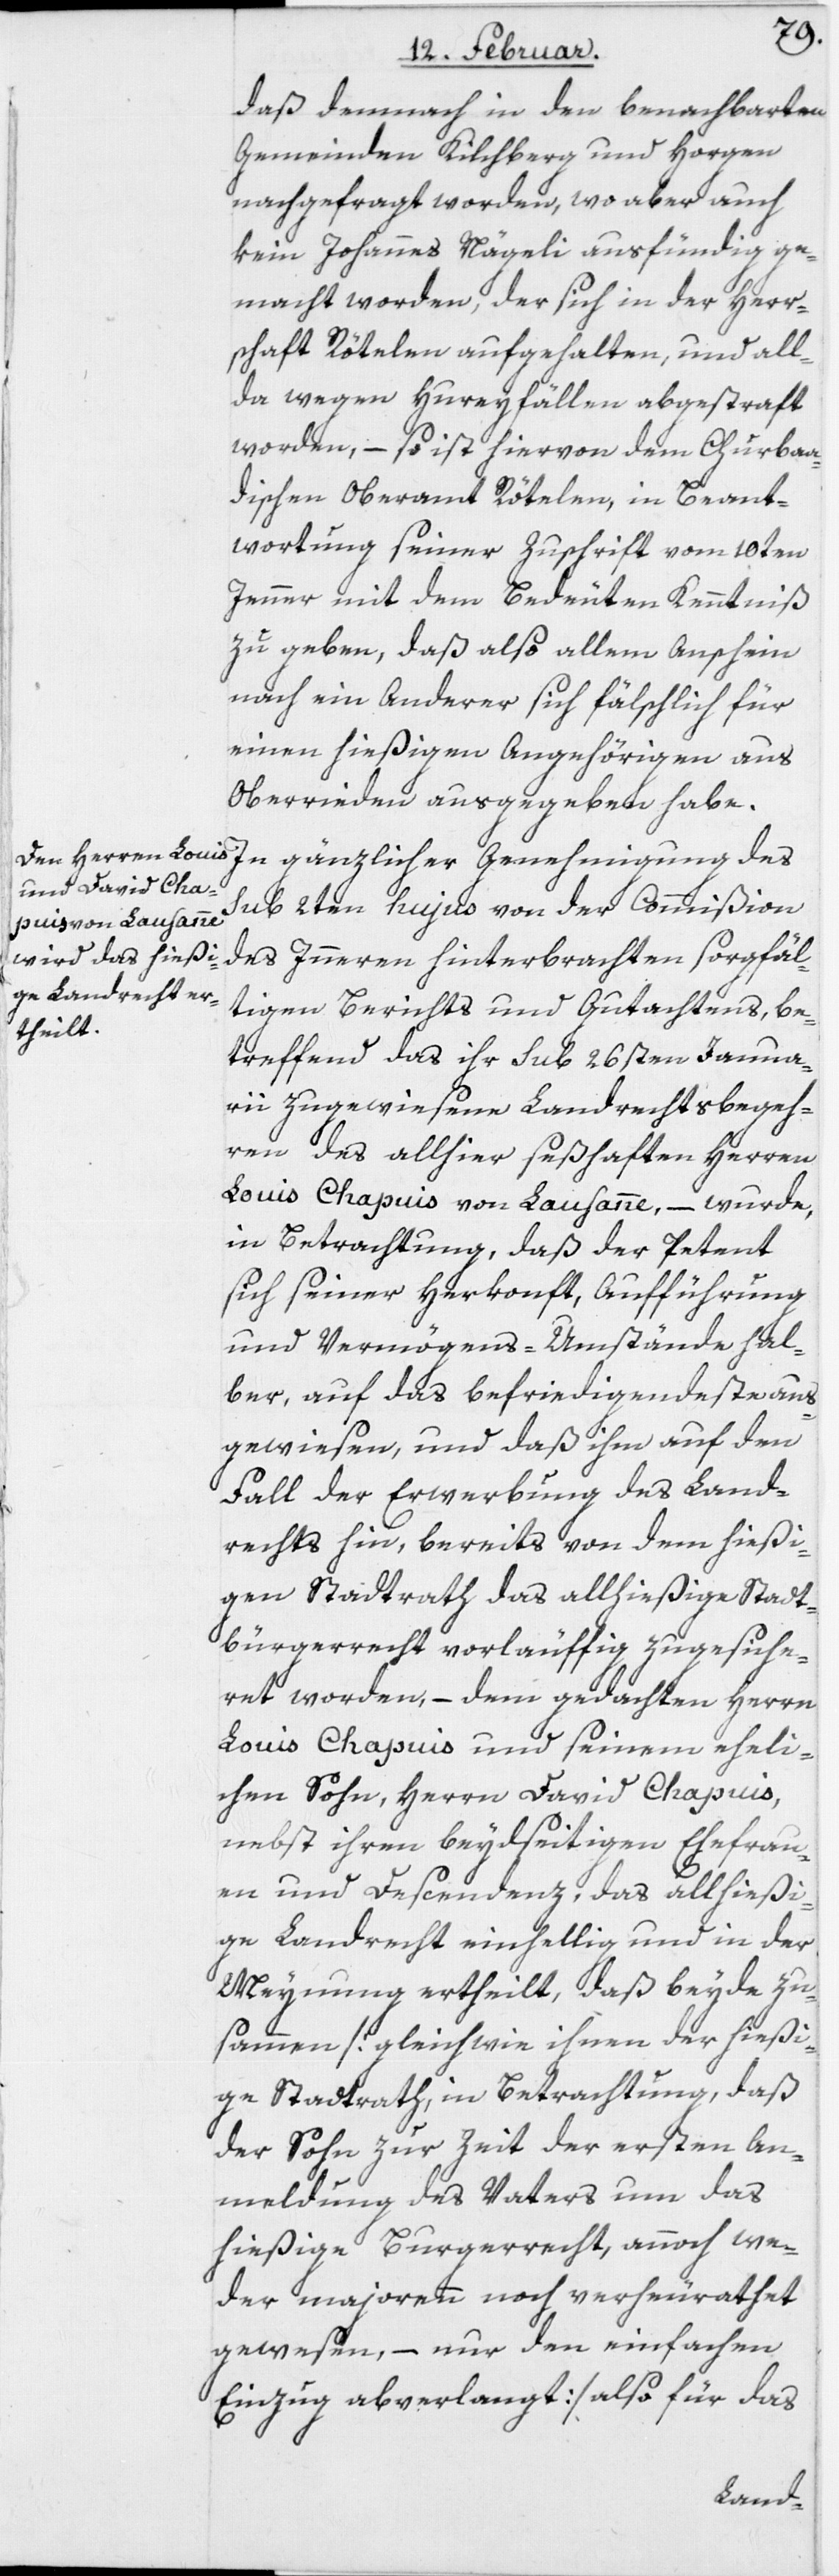
daß demnach in den benachbarten
Gemeinden Kilchberg und Horgen
nachgefragt worden, wo aber auch
kein Johannes Nägeli ausfündig ge¬
macht worden, der sich in der Herr¬
schaft Rötelen aufgehalten, und all¬
da wegen Hureyfällen abgestraft
worden, – so ist hiervon dem Churba¬
dischen Oberamt Rötelen, in Beant¬
wortung seiner Zuschrift vom 10ten
Jenner mit dem Bedeuten Kenntniß
zu geben, daß also allem Anschein
nach ein Anderer sich fälschlich für
einen hießigen Angehörigen aus
Oberrieden ausgegeben habe.
In gänzlicher Genehmigung des
sub 2ten hujus von der Commißion
des Inneren hinterbrachten sorgfäl¬
tigen Berichts und Gutachtens, be¬
treffend das ihr sub 26sten Janua¬
rii zugewiesene Landrechtsbegeh¬
ren des allhier seßhaften Herren
Louis Chapuis von Lausanne, – wurde,
in Betrachtung, daß der Petent
sich seiner Herkonft, Aufführung
und Vermögens-Umstände hal¬
ber, auf das Befriedigendste aus¬
gewiesen, und daß ihm auf den
Fall der Erwerbung des Land¬
rechts hin, bereits von dem hießi¬
gen Stadtrath das allhießige Stadt¬
bürgerrecht vorläuffig zugesiche¬
ret worden, – dem gedachten Herrn
Louis Chapuis und seinem eheli¬
chen Sohn, Herrn David Chapuis,
nebst ihren beydseitigen Ehefrau¬
en und Descendenz, das allhießi¬
ge Landrecht einhellig und in der
Meynung ertheilt, daß beyde zu¬
sammen [gleichwie ihnen der hießi¬
ge Stadtrath, in Betrachtung, daß
der Sohn zur Zeit der ersten An¬
meldung des Vaters um das
hießige Burgerrecht, annoch we¬
der majorenn noch verheirathet
gewesen, – nur den einfachen
Einzug abverlangt] also für das